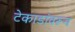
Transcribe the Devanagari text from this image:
टेकाडांवरून